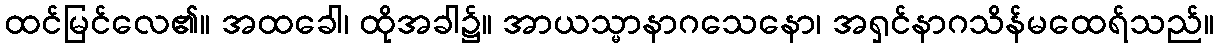
ထင်မြင်လေ၏။ အထခေါ၊ ထိုအခါ၌။ အာယသ္မာနာဂသေနော၊ အရှင်နာဂသိန်မထေရ်သည်။